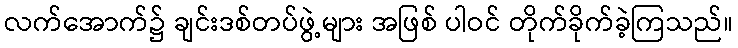
လက်အောက်၌ ချင်းဒစ်တပ်ဖွဲ့များ အဖြစ် ပါဝင် တိုက်ခိုက်ခဲ့ကြသည်။